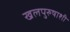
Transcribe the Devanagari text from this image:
खलपुरुषाशी